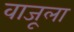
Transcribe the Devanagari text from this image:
वाजूला